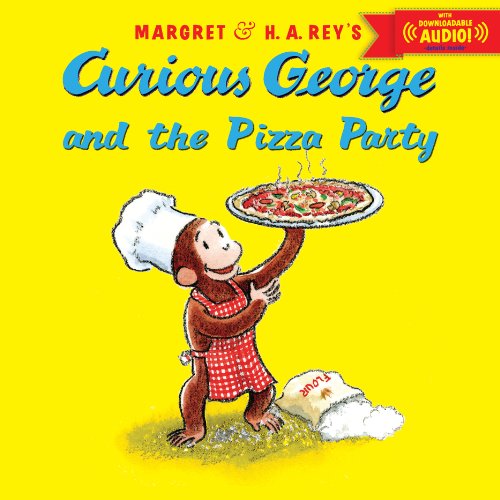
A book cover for Curious George and the Pizza Party with downloadable audio; H. A. Rey; Children's Books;